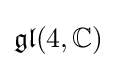
{\mathfrak {gl}}(4,\mathbb {C} )